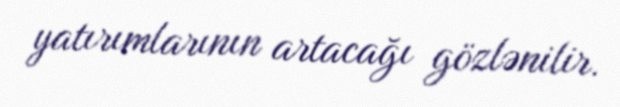
yatırımlarının artacağı gözlənilir.